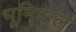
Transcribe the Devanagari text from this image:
भूमिपाल